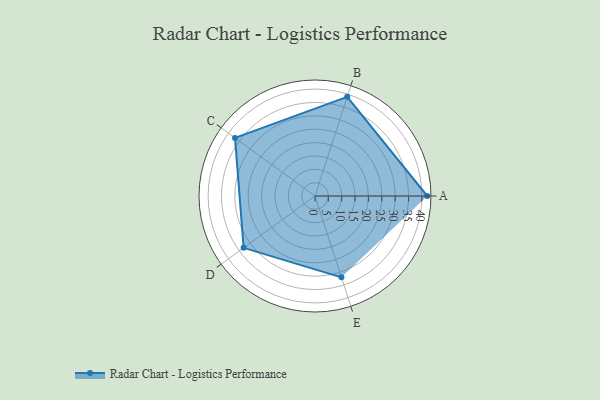
{"axis": {"x": "Skill", "y": "Score"}, "legend": ["Profile"], "data": [{"x": "A", "y": 42.0, "type": "Profile"}, {"x": "B", "y": 39.0, "type": "Profile"}, {"x": "C", "y": 37.0, "type": "Profile"}, {"x": "D", "y": 33.0, "type": "Profile"}, {"x": "E", "y": 32.0, "type": "Profile"}]}